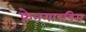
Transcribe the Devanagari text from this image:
फ्रेनगाउडिस